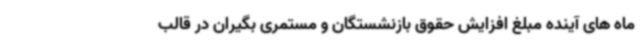
ماه های آینده مبلغ افزایش حقوق بازنشستگان و مستمری بگیران در قالب